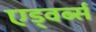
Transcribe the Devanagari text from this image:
एड्वर्ब्स